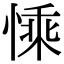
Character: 𢟊